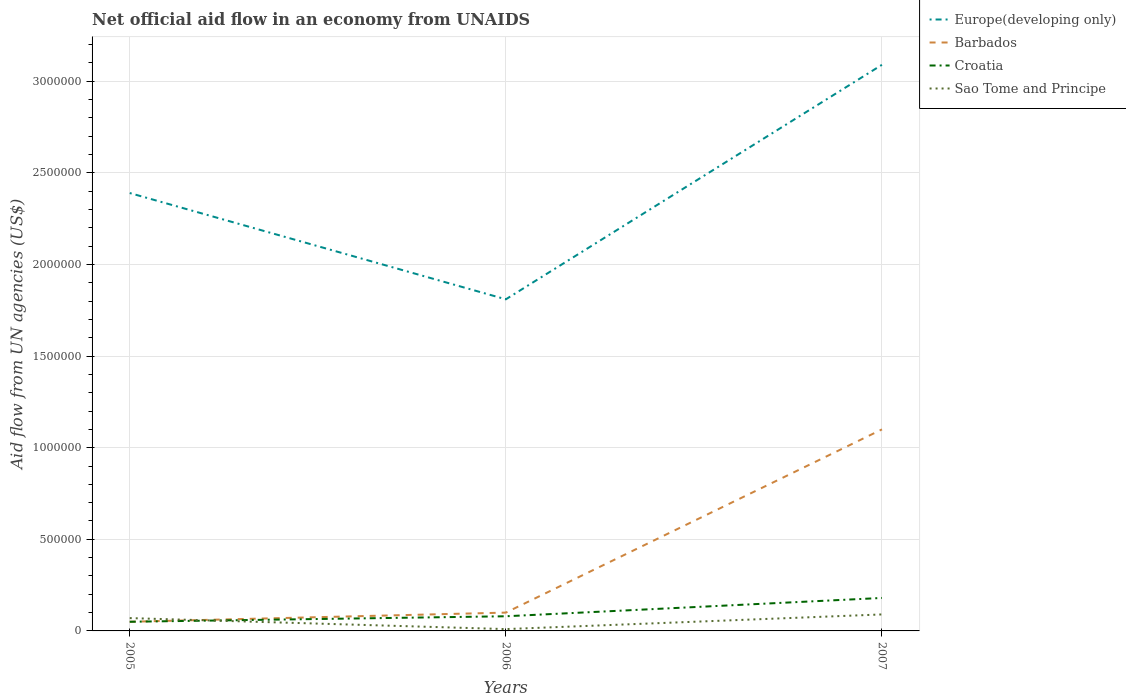
| Years | Europe(developing only) | Barbados | Croatia | Sao Tome and Principe |
 | --- | --- | --- | --- | --- |
 | 2005 | 2.39e+06 | 5e+04 | 5e+04 | 7e+04 |
 | 2006 | 1.81e+06 | 1e+05 | 8e+04 | 1e+04 |
 | 2007 | 3.09e+06 | 1.1e+06 | 1.8e+05 | 9e+04 |